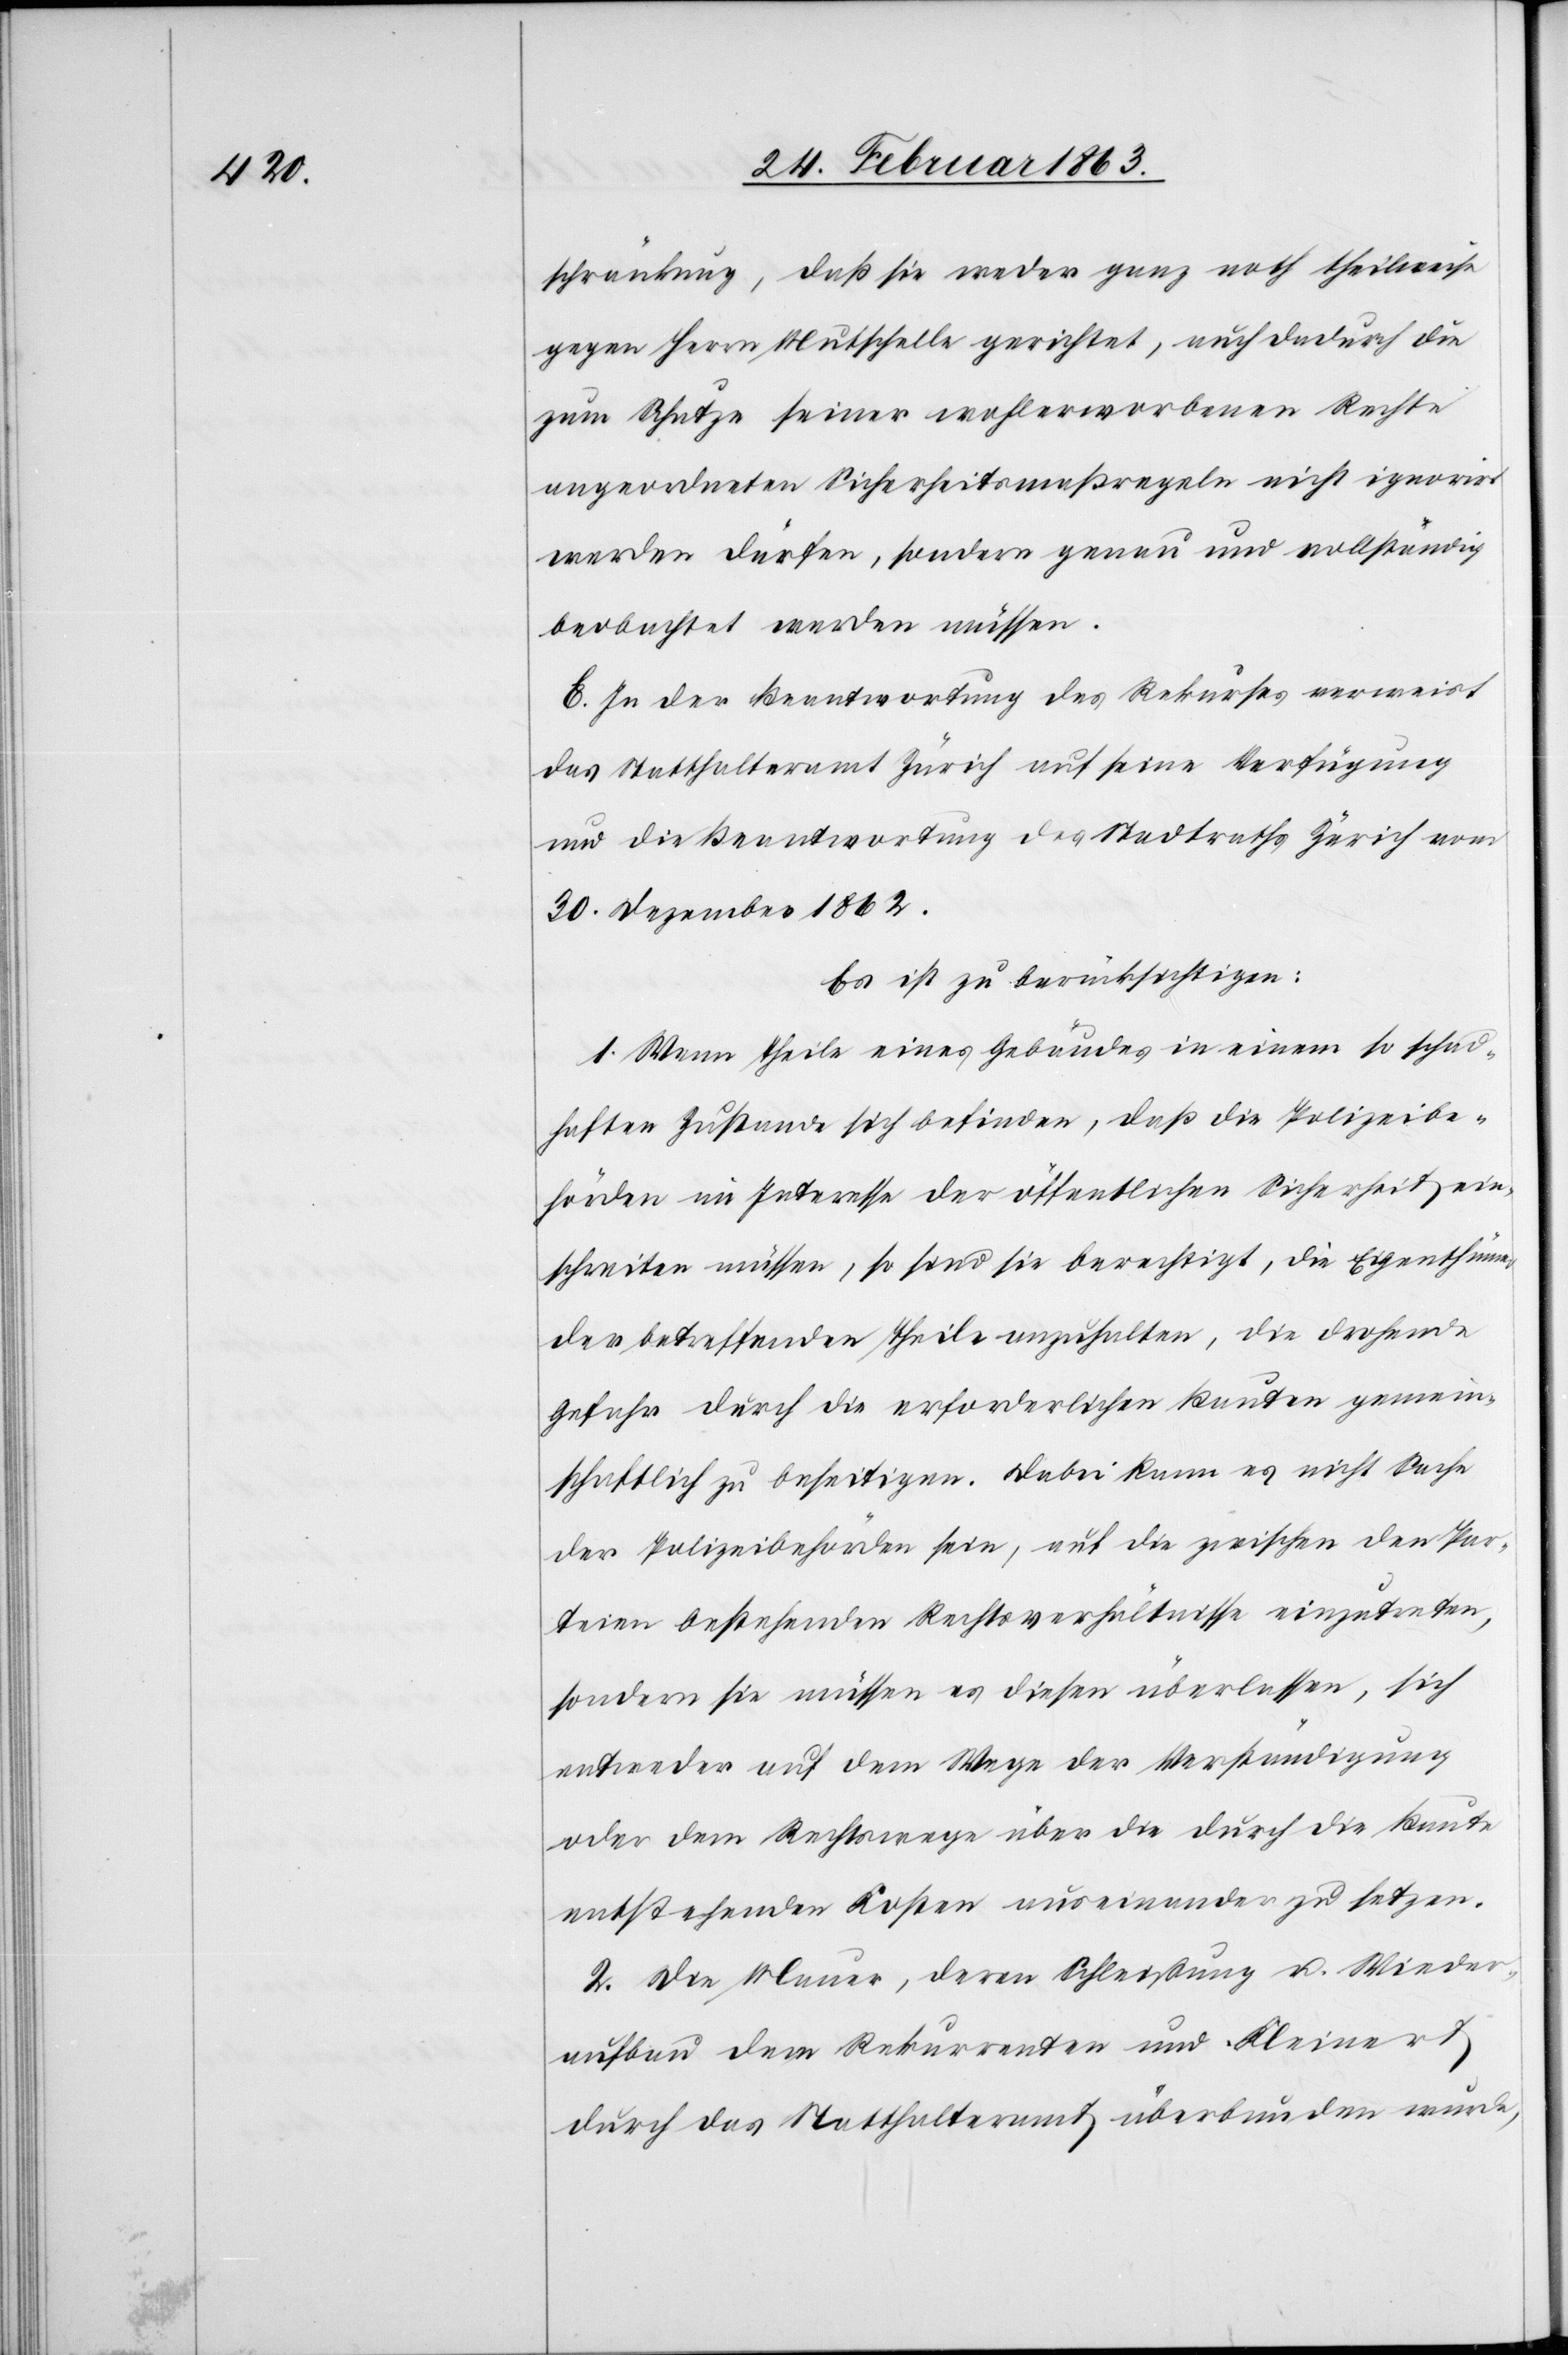
schränkung, daß sie weder ganz noch theilweise
gegen Herrn Mutschelle gerichtet, auch dadurch die
zum Schutze seiner wohlerworbenen Rechte
angeordneten Sicherheitsmaßregeln nicht ignorirt
werden dürfen, sondern genau und vollständig
beobachtet werden müssen.
E. In der Beantwortung des Rekurses verweist
das Statthalteramt Zürich auf seine Verfügung
und die Beantwortung des Stadtraths Zürich vom
30. Dezember 1862.
Es ist zu berücksichtigen:
1. Wenn Theile eines Gebäudes in einem so schad¬
haften Zustande sich befinden, daß die Polizeibe¬
hörden im Interesse der öffentlichen Sicherheit ein¬
schreiten müssen, so sind sie berechtigt, die Eigenthümer
der betreffenden Theile anzuhalten, die drohende
Gefahr durch die erforderlichen Bauten gemein¬
schaftlich zu beseitigen. Dabei kann es nicht Sache
der Polizeibehörden sein, auf die zwischen den Par¬
teien bestehenden Rechtsverhältnisse einzutreten,
sondern sie müssen es diesen überlassen, sich
entweder auf dem Wege der Verständigung
oder dem Rechtswege über die durch die Baute
entstehenden Kosten auseinander zu setzen.
2. Die Mauer, deren Schleißung u. Wieder¬
aufbau dem Rekurrenten und Kleinert
durch das Statthalteramt überbunden wurde,